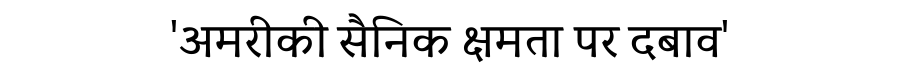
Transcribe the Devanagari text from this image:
'अमरीकी सैनिक क्षमता पर दबाव'